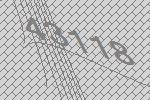
43118